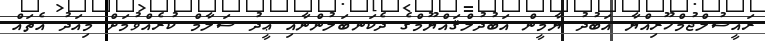
ރައީސުލްޖުމްހޫރިއްޔާ އަބުދު ޔާމީން އަބުދުލްޤައްޔޫމްގެ ދެކަނބަލުންނާއި ޢީދު ސަލާމް ކުރެއްވުމަށް މިއަދު އެތައް